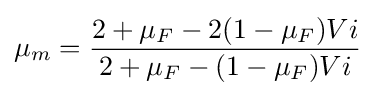
\mu _{m}={\frac {2+\mu _{F}-2(1-\mu _{F})Vi}{2+\mu _{F}-(1-\mu _{F})Vi}}